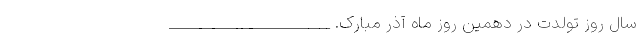
سال روز تولدت در دهمین روز ماه آذر مبارک. _______________________